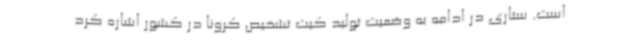
است. ستاری در ادامه به وضعیت تولید کیت تشخیص کرونا در کشور اشاره کرد